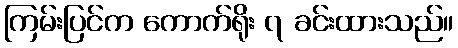
ကြမ်းပြင်က ကောက်ရိုး ၇ ခင်းထားသည်။